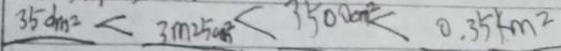
3 5 d m ^ { 2 } < 3 m 2 5 c m ^ { 2 } < 3 5 0 0 m ^ { 2 } < 0 . 3 5 k m ^ { 2 }